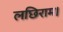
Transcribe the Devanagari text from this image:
लछिराम।